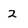
Character: 2